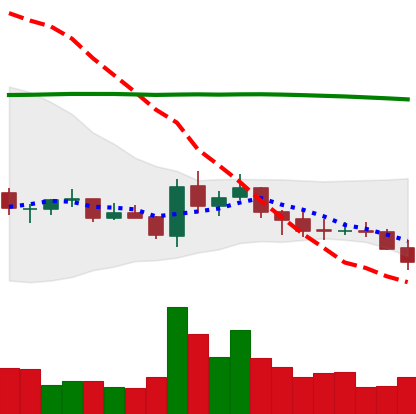
Ticker: EOS-USD
Chart end date: 2021-07-20
Forward return: 12.02%
Label: up_7plus